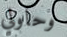
وحاولي